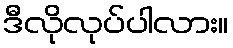
ဒီလိုလုပ်ပါလား။